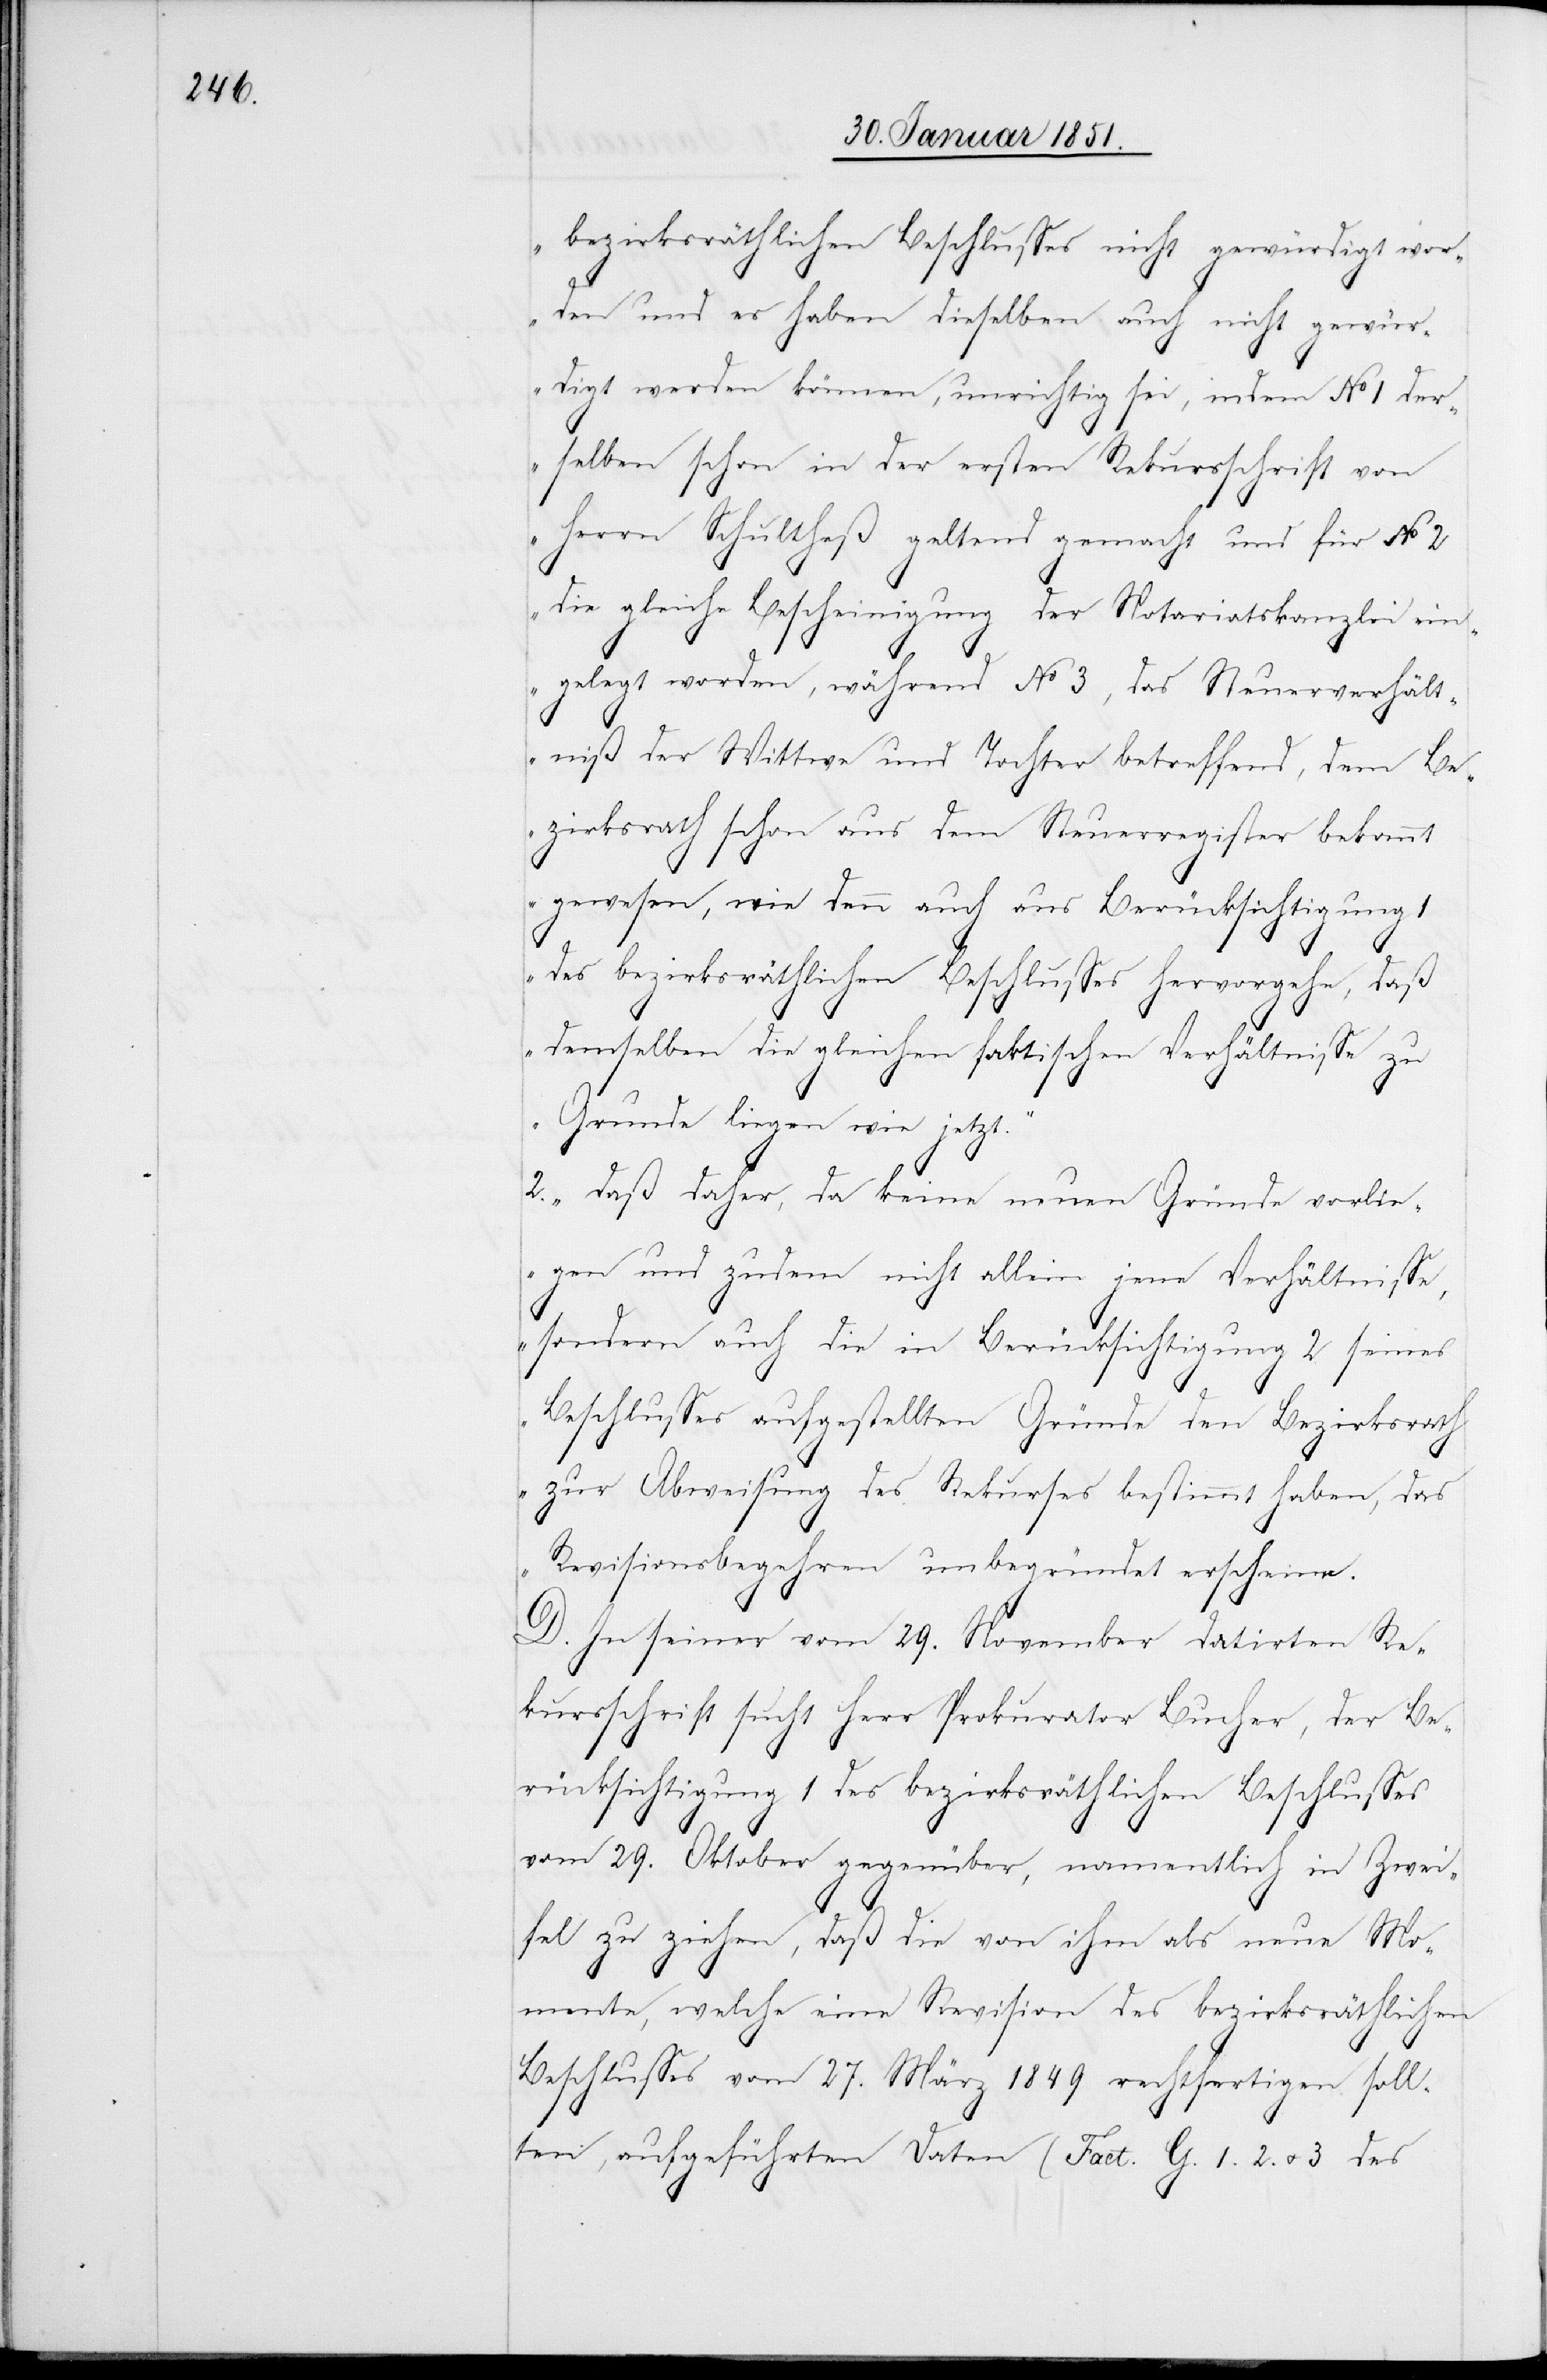
bezirksräthlichen Beschlusses nicht gewürdigt wor¬
den und es haben dieselben auch nicht gewür¬
digt werden können, unrichtig sei, indem No 1 der¬
selben schon in der ersten Rekursschrift von
die gleiche Bescheinigung der Notariatskanzlei ein¬
gelegt worden, während No 3, das Steuerverhält¬
niß der Wittwe und Tochter betreffend, dem Be¬
zirksrath schon aus dem Steuerregister bekannt
gewesen, wie denn auch aus Berücksichtigung
des bezirksräthlichen Beschlusses hervorgehe, daß
demselben die gleichen faktischen Verhältnisse zu
Grunde liegen wie jetzt.“
2. „daß daher, da keine neuen Gründe vorlie¬
gen und zudem nicht allein jene Verhältnisse,
sondern auch die in Berücksichtigung 2 seines
Beschlusses aufgestellten Gründe den Bezirksrath
zur Abweisung des Rekurses bestimmt haben, das
Revisionsbegehren unbegründet erscheine.[“]
2
D. In seiner vom 29. November datirten Re¬
kursschrift sucht Herr Prokurator Bucher, der Be¬
rücksichtigung 1 des bezirksräthlichen Beschlusses
vom 29. Oktober gegenüber, namentlich in Zwei¬
fel zu ziehen, daß die von ihm als neue Mo¬
mente, welche eine Revision des bezirksräthlichen
Beschlusses vom 27. März 1849 rechtfertigen soll¬
ten, aufgeführten Daten (Fact. G. 1.[,] 2. u. 3 des